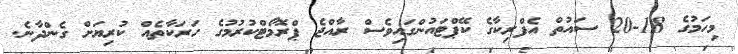
މިހަމުގެ 18-20 ސައުތް އެފްރިކާގެ ކޭޕްޓައުންގައިވެސް ރާއްޖެ ޕްރޮމޯޓްކުރުމުގެ ހަރަކާތެއް ކުރިޔަށް ގެންދާނެ.